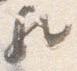
歟